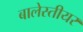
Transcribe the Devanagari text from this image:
बालेस्तीयर